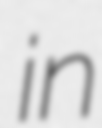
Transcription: in